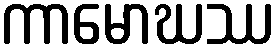
ကာမောဃဿ